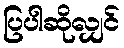
ပြပါဆိုလျှင်